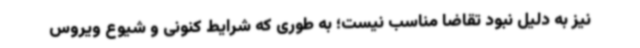
نیز به دلیل نبود تقاضا مناسب نیست؛ به طوری که شرایط کنونی و شیوع ویروس